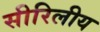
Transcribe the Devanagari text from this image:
सीरिलीय